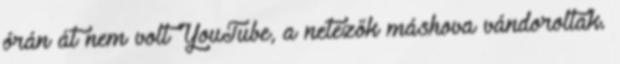
órán át nem volt YouTube, a netezők máshova vándoroltak.